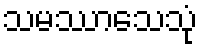
သမဿာသေသုံ